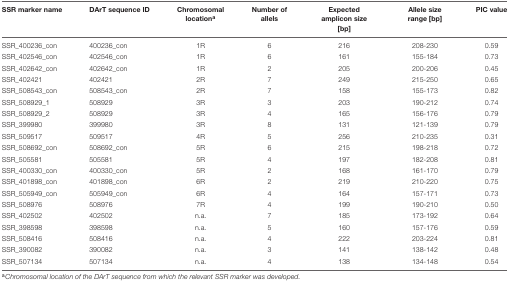
<table><thead><tr><td><b>SSR marker name</b></td><td><b>DArT sequence ID</b></td><td><b>Chromosomal location<sup>a</sup></b></td><td><b>Number of allels</b></td><td><b>Expected amplicon size [bp]</b></td><td><b>Allele size range [bp]</b></td><td><b>PIC value</b></td></tr></thead><tbody><tr><td>SSR_400236_con</td><td>400236_con</td><td>1R</td><td>6</td><td>216</td><td>208-230</td><td>0.59</td></tr><tr><td>SSR_402546_con</td><td>402546_con</td><td>1R</td><td>6</td><td>161</td><td>155-184</td><td>0.73</td></tr><tr><td>SSR_402642_con</td><td>402642_con</td><td>1R</td><td>2</td><td>205</td><td>200-206</td><td>0.45</td></tr><tr><td>SSR_402421</td><td>402421</td><td>2R</td><td>7</td><td>249</td><td>215-250</td><td>0.65</td></tr><tr><td>SSR_508543_con</td><td>508543_con</td><td>2R</td><td>7</td><td>158</td><td>155-173</td><td>0.82</td></tr><tr><td>SSR_508929_1</td><td>508929</td><td>3R</td><td>3</td><td>203</td><td>190-212</td><td>0.74</td></tr><tr><td>SSR_508929_2</td><td>508929</td><td>3R</td><td>4</td><td>165</td><td>156-176</td><td>0.79</td></tr><tr><td>SSR_399980</td><td>399980</td><td>3R</td><td>8</td><td>131</td><td>121-139</td><td>0.79</td></tr><tr><td>SSR_509517</td><td>509517</td><td>4R</td><td>5</td><td>256</td><td>210-235</td><td>0.31</td></tr><tr><td>SSR_508692_con</td><td>508692_con</td><td>5R</td><td>6</td><td>215</td><td>198-218</td><td>0.72</td></tr><tr><td>SSR_505581</td><td>505581</td><td>5R</td><td>4</td><td>197</td><td>182-208</td><td>0.81</td></tr><tr><td>SSR_400330_con</td><td>400330_con</td><td>5R</td><td>2</td><td>168</td><td>161-170</td><td>0.79</td></tr><tr><td>SSR_401898_con</td><td>401898_con</td><td>6R</td><td>2</td><td>219</td><td>210-220</td><td>0.75</td></tr><tr><td>SSR_505949_con</td><td>505949_con</td><td>6R</td><td>4</td><td>164</td><td>157-171</td><td>0.73</td></tr><tr><td>SSR_508976</td><td>508976</td><td>7R</td><td>4</td><td>199</td><td>190-210</td><td>0.50</td></tr><tr><td>SSR_402502</td><td>402502</td><td>n.a.</td><td>7</td><td>185</td><td>173-192</td><td>0.64</td></tr><tr><td>SSR_398598</td><td>398598</td><td>n.a.</td><td>5</td><td>160</td><td>157-176</td><td>0.59</td></tr><tr><td>SSR_508416</td><td>508416</td><td>n.a.</td><td>4</td><td>222</td><td>203-224</td><td>0.81</td></tr><tr><td>SSR_390082</td><td>390082</td><td>n.a.</td><td>3</td><td>141</td><td>138-142</td><td>0.48</td></tr><tr><td>SSR_507134</td><td>507134</td><td>n.a.</td><td>4</td><td>138</td><td>134-148</td><td>0.54</td></tr></tbody></table>